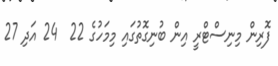
ފޮރިން މިނިސްޓްރީ އިން ބުނިގޮތުގައި މިމަހުގެ 22  24 އަދި 27